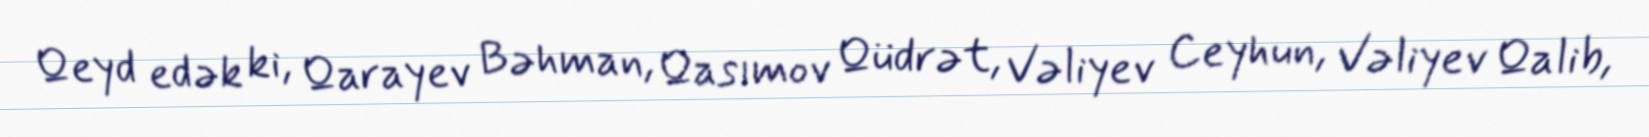
Qeyd edək ki, Qarayev Bəhman, Qasımov Qüdrət, Vəliyev Ceyhun, Vəliyev Qalib,